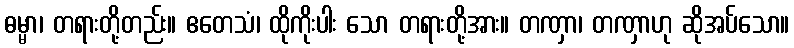
ဓမ္မာ၊ တရားတို့တည်း။ ဧတေသံ၊ ထိုကိုးပါး သော တရားတို့အား။ တဏှာ၊ တဏှာဟု ဆိုအပ်သော။